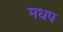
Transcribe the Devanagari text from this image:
मधप